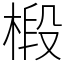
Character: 椴